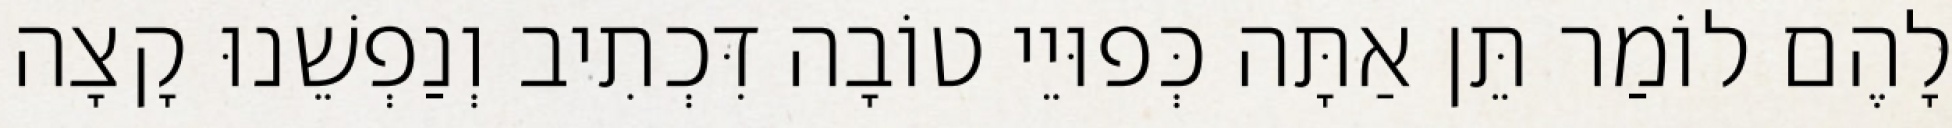
לָהֶם לוֹמַר תֵּן אַתָּה כְּפוּיֵי טוֹבָה דִּכְתִיב וְנַפְשֵׁנוּ קָצָה